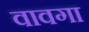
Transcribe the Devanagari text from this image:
वावगा